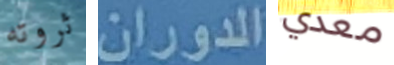
ثروته الدوران معدي